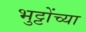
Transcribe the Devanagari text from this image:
भुट्टोंच्या